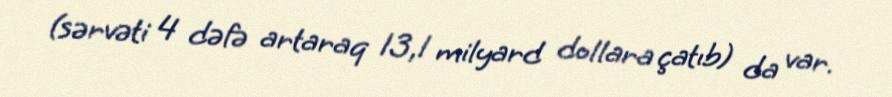
(sərvəti 4 dəfə artaraq 13,1 milyard dollara çatıb) da var.